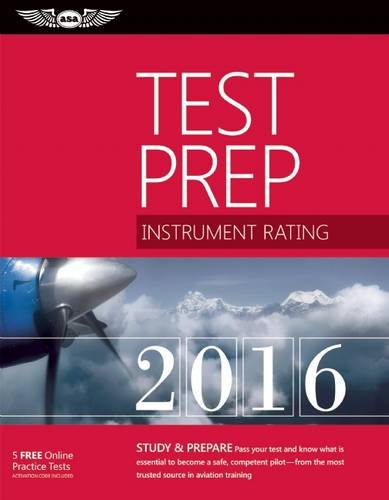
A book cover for Instrument Rating Test Prep 2016: Study & Prepare: Pass your test and know what is essential to become a safe, competent pilot EE from the most trusted source in aviation training (Test Prep series); ASA Test Prep Board; Test Preparation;